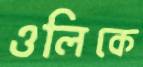
ওলিকে